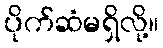
ပိုက်ဆံမရှိလို့။